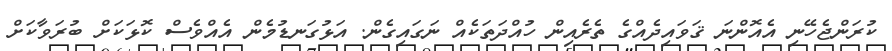
ކުރަންޖެހޭނި އެއޮންނަ ޤަވައިދެއްގެ ތެރެއިން ހުއްދަތަކެއް ނަގައިގެން. އަޅުގަނޑުމެން އެއްވެސް ކޮޅަކަށް ބުރަވާކަށް